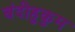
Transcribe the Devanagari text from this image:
बंदीहुकुम